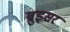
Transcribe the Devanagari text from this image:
ब्रुइसर